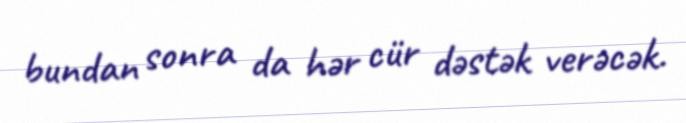
bundan sonra da hər cür dəstək verəcək.